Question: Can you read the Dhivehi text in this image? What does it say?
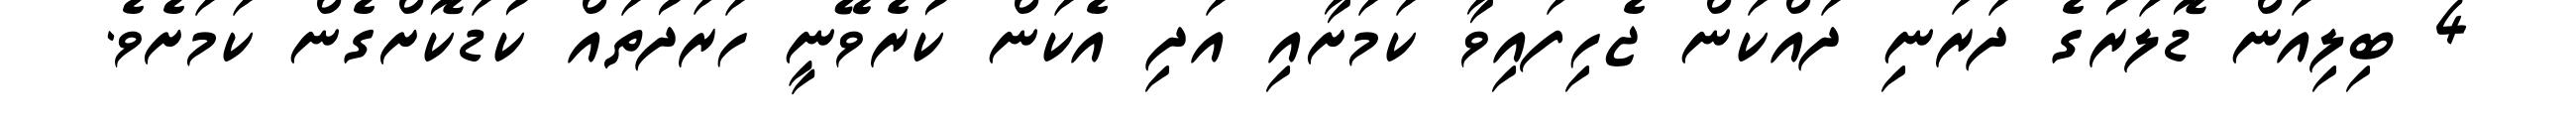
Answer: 4 ބިލިއަން ޑޮލަރުގެ ދަރަނި ދައްކަން ޖެހިފައިވާ ކަމަށާއި އަދި އެކަން ކުރެވޭނީ ހަރަދުތައް ކުޑަކޮށްގެން ކަމަށެވެ.